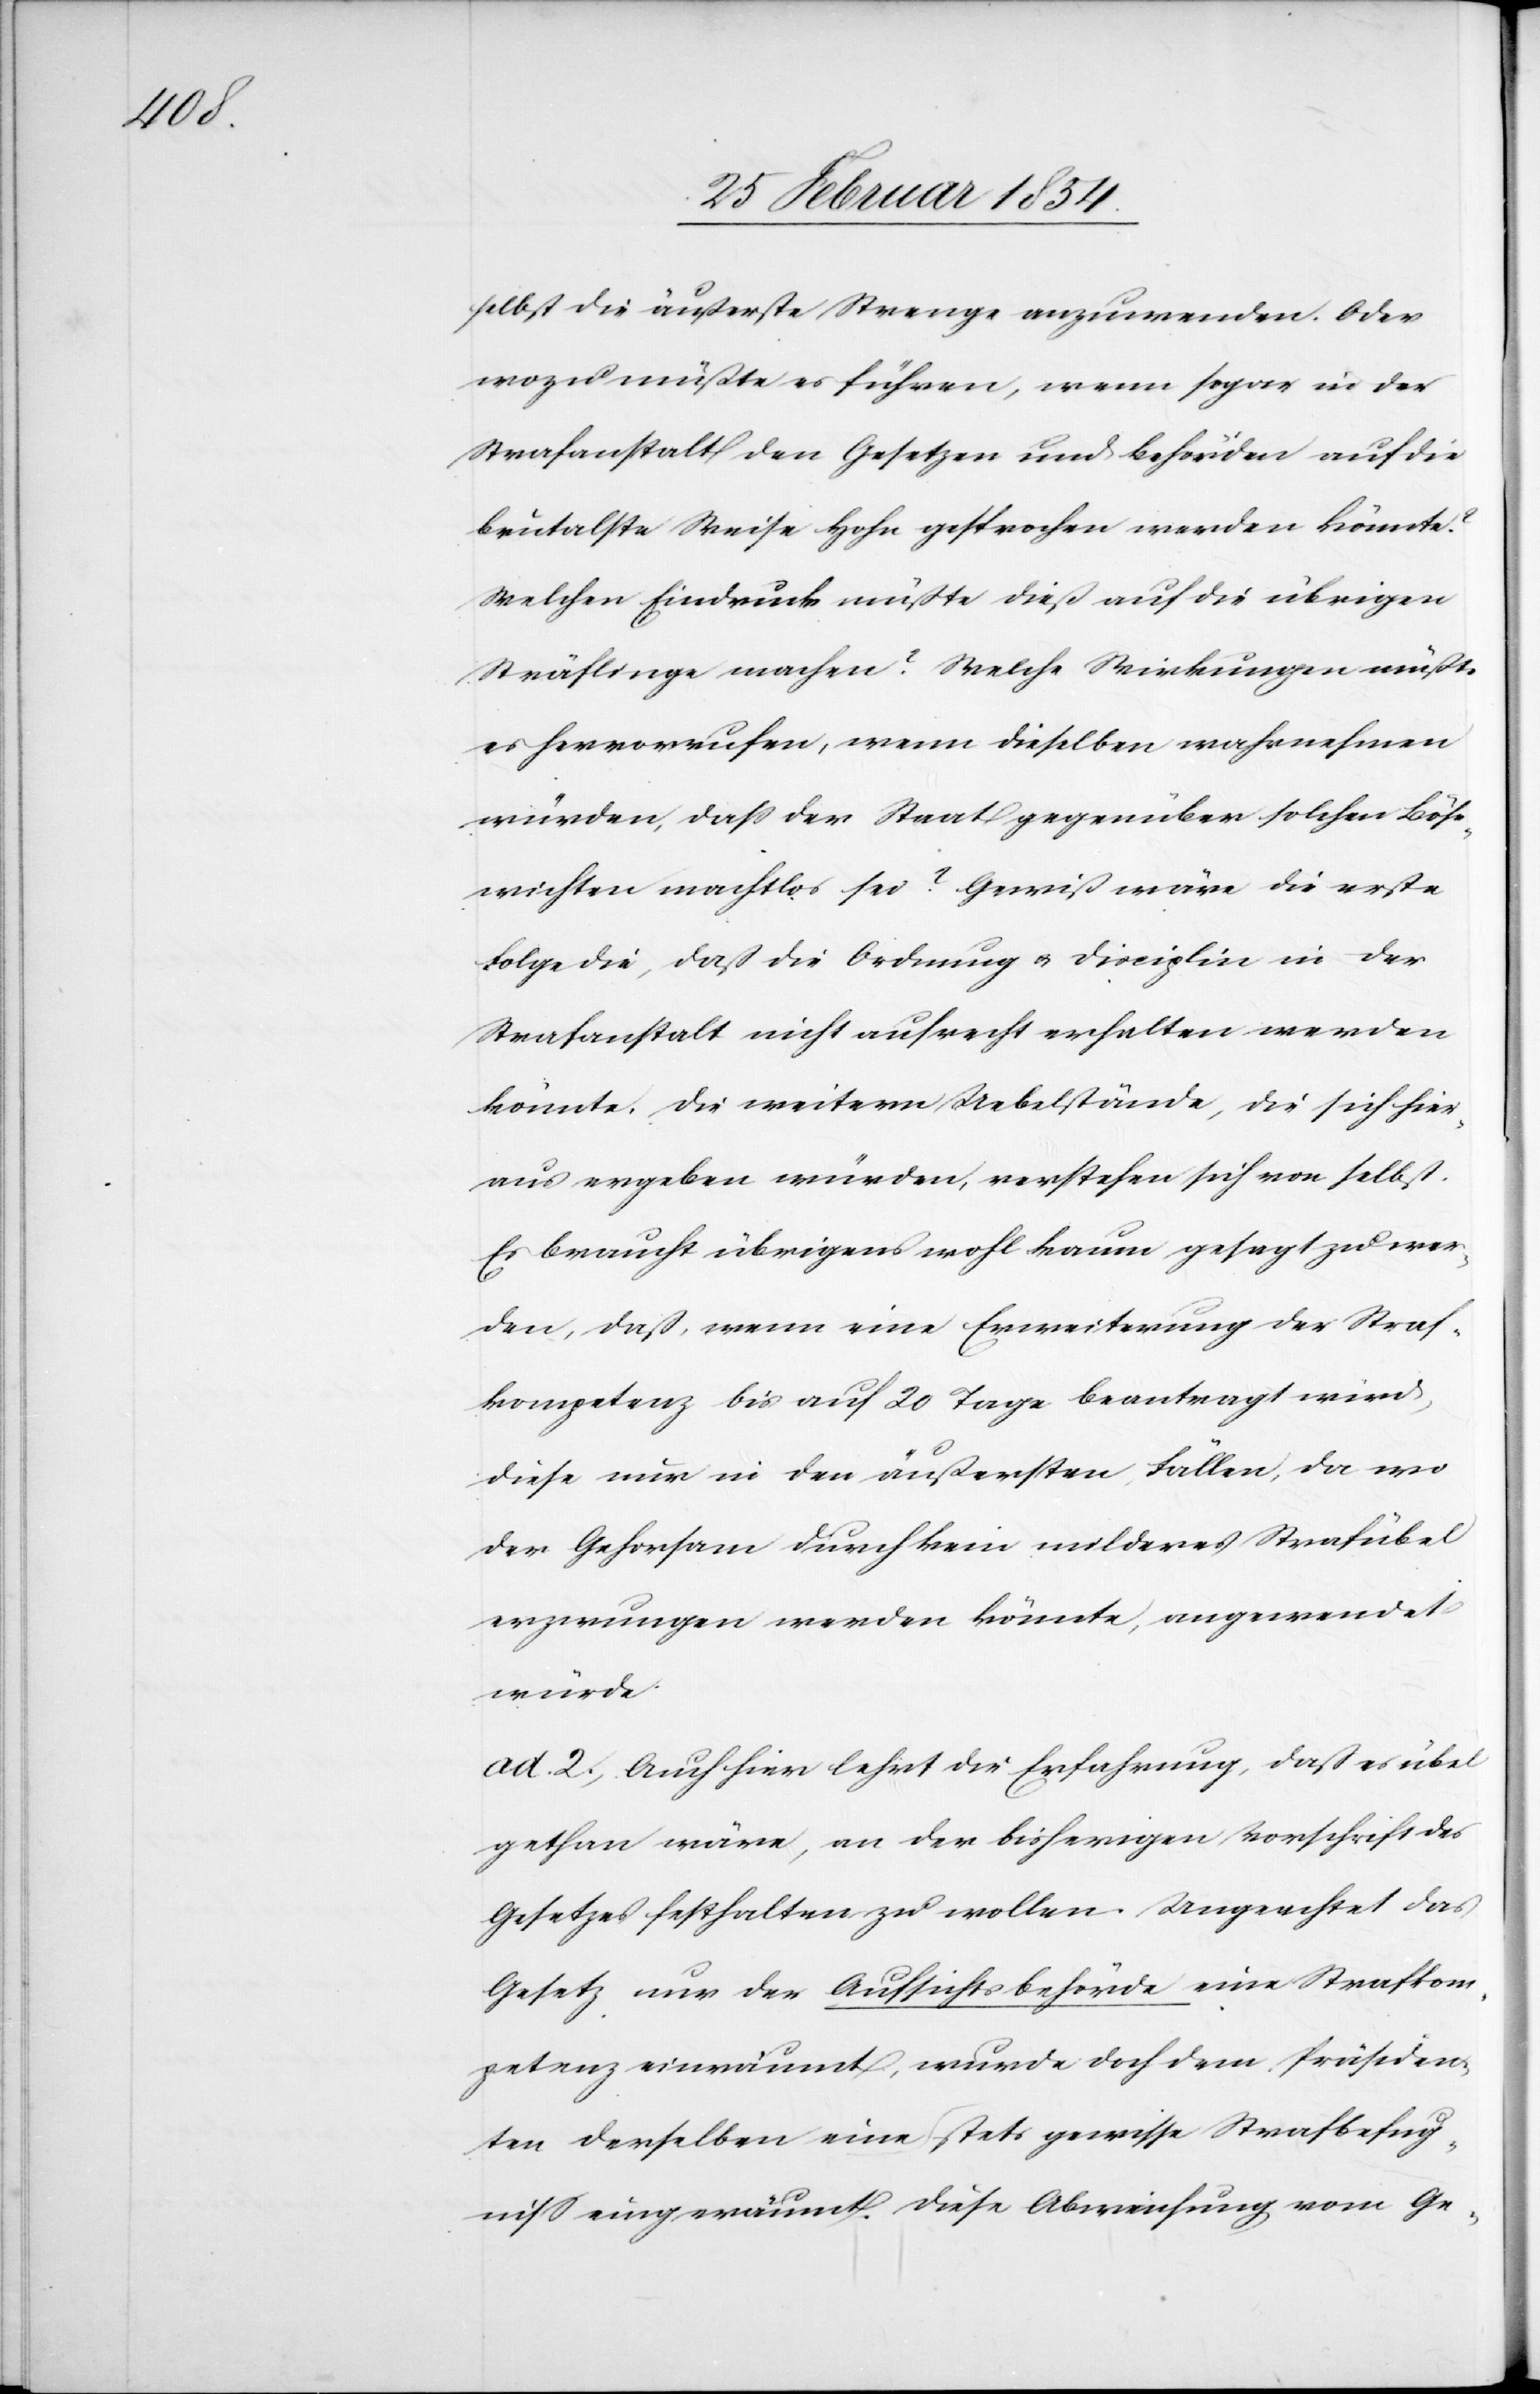
selbst die äußerste Strenge anzuwenden. Oder
wozu müßte es führen, wenn sogar in der
Strafanstalt den Gesetzen und Behörden auf die
brutalste Weise Hohn gesprochen werden könnte?
Welchen Eindruck müßte dieß auf die übrigen
Sträflinge machen? Welche Wirkungen müßte
es hervorrufen, wenn dieselben wahrnehmen
würden, daß der Staat gegenüber solchen Böse¬
wichten machtlos sei? Gewiß wäre die erste
Folge die, daß die Ordnung u. Disziplin in der
Strafanstalt nicht aufrecht erhalten werden
könnte. Die weitern Uebelstände, die sich hier¬
aus ergeben würden, verstehen sich von selbst.
Es braucht übrigens wohl kaum gesagt zu wer¬
den, daß, wenn eine Erweiterung der Straf¬
kompetenz bis auf 20 Tage beantragt wird,
diese nur in den äußersten Fällen, da wo
der Gehorsam durch kein milderes Strafübel
erzwungen werden könnte, angewendet
würde.
ad. 2., Auch hier lehrt die Erfahrung, daß es übel
gethan wäre, an der bisherigen Vorschrift des
Gesetzes festhalten zu wollen. Ungeachtet das
Gesetz nur der Aufsichtsbehörde eine Strafkom¬
petenz einräumt, wurde doch dem Präsiden¬
ten derselben eine stets gewisse Strafbefug¬
niß eingeräumt. Diese Abweichung vom Ge-